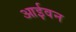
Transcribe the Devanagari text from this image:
आईवन